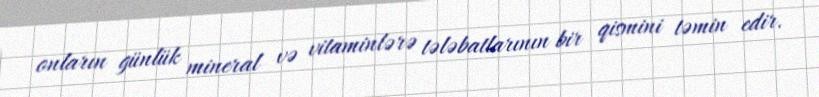
onların günlük mineral və vitaminlərə tələbatlarının bir qismini təmin edir.